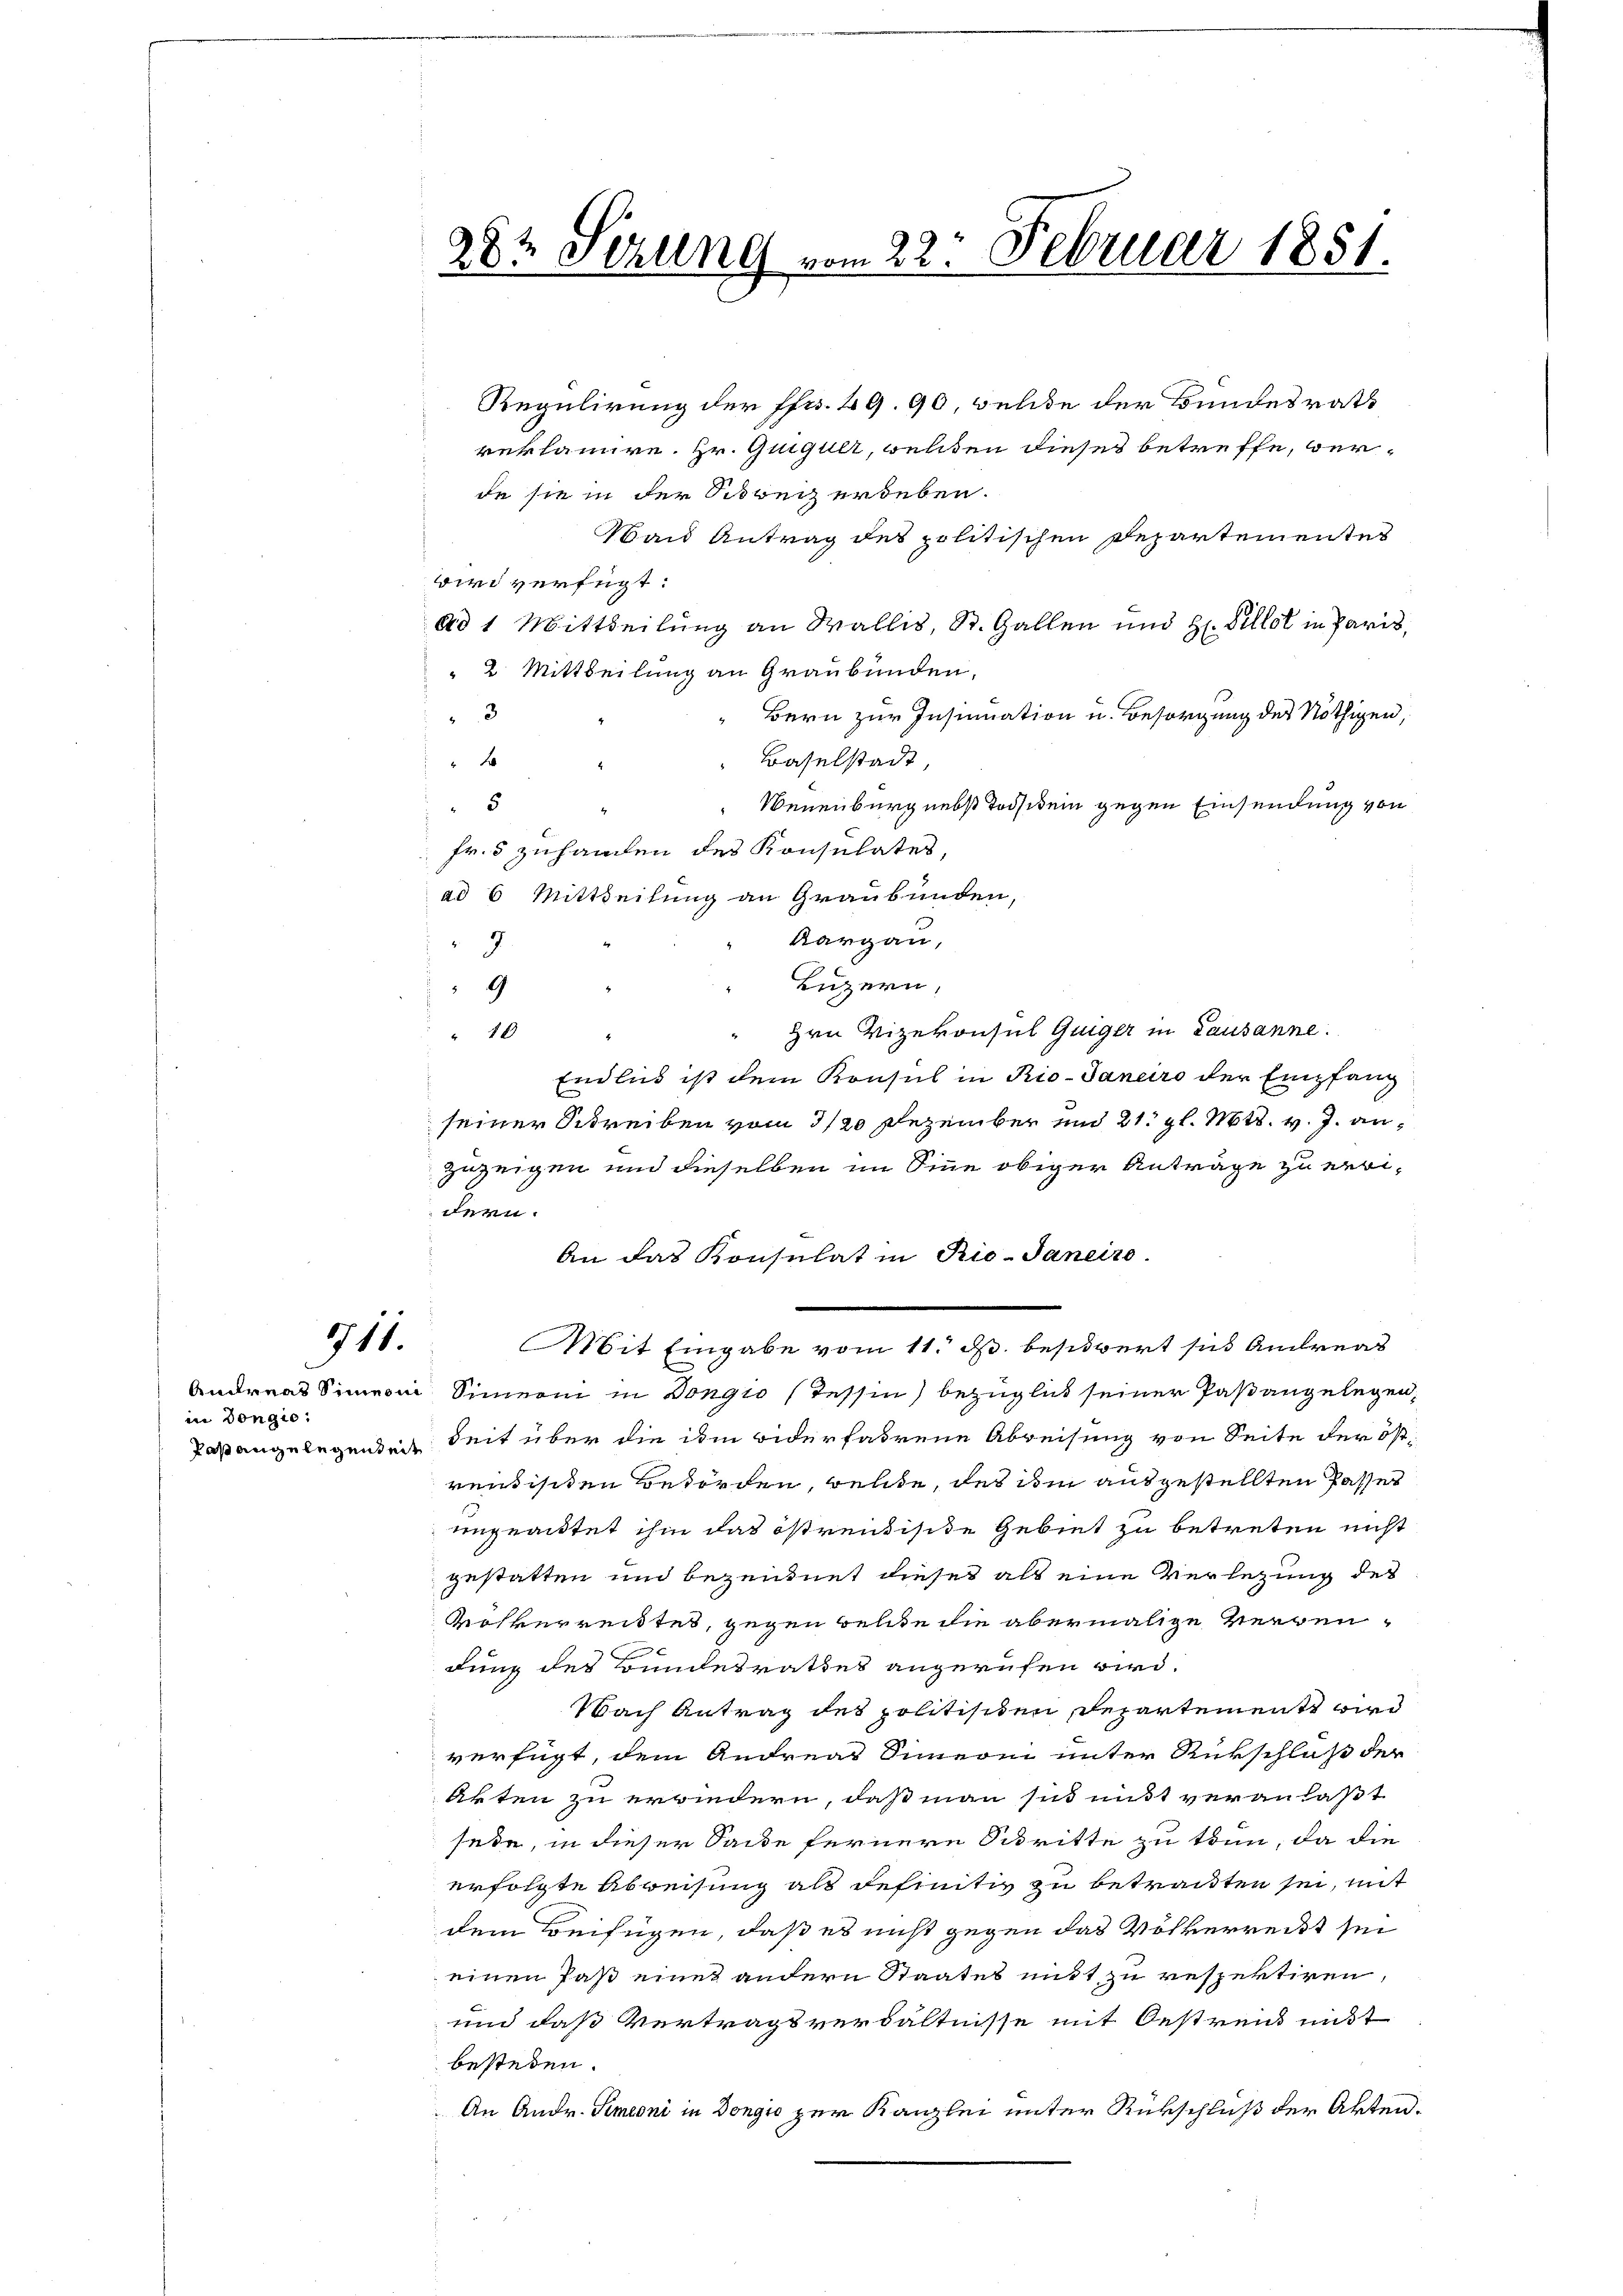
711.

Andreas Simmerin
in Dongio:
Last angelegenheit

282 Serung vom 22. Februar 1851.

Regulirung der ffr. 49. 90, welche der Bundesrath
reklamire. Hr. Quiguer, welten dieses betreffe, werde sie in der Schreiz ergeben.
Wand Antrag des politischen Departementes
wird verfügt:
Ad 1 Mittheilung an Wallis, St. Gallen und H. Villat in Paris,
 2. Mittheilung an Graubünden,
3
" Bern zur Insinuation u. Besorgung des Nöthigen,
 Baselstadt,
 x
“
Neuenburg nebst Todsikein gegen Einsendung von
5
fr. 5 zuhanden des Konsulates,
ad 6 Mittheilung an Graubünden,
Aargau,
9.
Luzern,
9
Hrn Vizekonsul Guiger in Lausanne.
10
Endli ist dem Konsul in Rio-Janeiro der Empfang
seiner Schreiben vom 3/20 Dezember und 21. gl. Mts. v. J. anzuzeigen und dieselben im Sinne obiger Anträge zu erwidern.
An das Konsulat in Rio-Janeiro
Mit Eingabe vom 11. ds. beschwert sich Andreas
Sinnerin in Dongio (Tessin bezüglich seiner Paßangelegen,
seit über die ihm widerfahrene Abweisung von Seite der Ost-
rentischen Beförden, welche, des im ausgestellten Passes
ungrautet ihm das östrentische Gebiet zu betreten nicht
gestatten und bezeugnet dieses als eine Verlegung des
Wolkerreistes, gegen belte die abermalige Vergendung des Bundesrathes angerufen wird.
Nach Antrag des politischen Departement wird
verfügt, dem Andreas Simmerin unter Rückschluß der
Akten zu erbindern, daß man sie mit veranlaßt
sede, in dieser Saide fernere Schritte zu tun, da die
erfolgte Abweisung als definitiv zu betrachten sei, mit
dem Beifügen, daß es nicht gegen das Völkerreist sei
einen das eines andern Staates mitt zu respektiren,
und daß Vertragsverhältnisse mit Oestrend nicht
bestehen.
An Andr. Simeoni in Dongio zur Kanzlei unter Rükschluß der Akten.